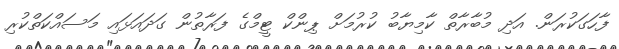
ފާހަގަކުރަން. އަދި މުބާރާތް ކާމިޔާބު ކުރުމަށް ޕިންކް ޓީމްގެ ފަރާތުން ގަދައަޅައި މަސައްކަތްކުރި